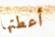
أعطتها